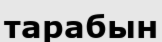
тарабын